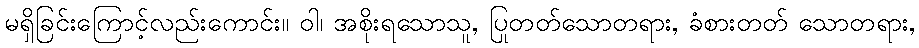
မရှိခြင်းကြောင့်လည်းကောင်း။ ဝါ၊ အစိုးရသောသူ, ပြုတတ်သောတရား, ခံစားတတ် သောတရား,